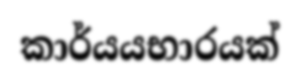
කාර්යයභාරයක්